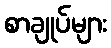
စာချုပ်များ